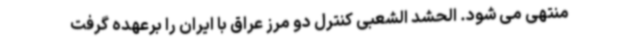
منتهی می شود. الحشد الشعبی کنترل دو مرز عراق با ایران را برعهده گرفت